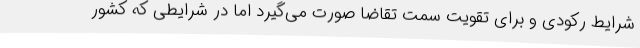
شرایط رکودی و برای تقویت سمت تقاضا صورت می‌گیرد اما در شرایطی که کشور